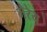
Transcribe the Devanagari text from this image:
मैरेय